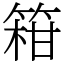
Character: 䈤